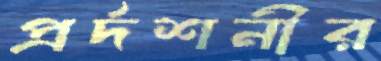
প্রর্দশনীর